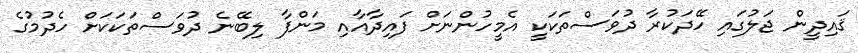
ޤައިދީން ޖަލުގައި ހޭދަކުރާ ދުވަސްތަކަކީ އެމީހުންނަށް ފައިދާއާއި މަންފާ ލިބޭނެ ދުވަސްތަކަކަށް ހެދުމުގެ